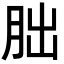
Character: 朏